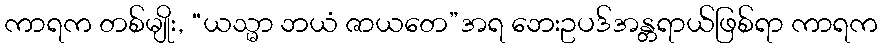
ကာရက တစ်မျိုး, “ယသ္မာ ဘယံ ဇာယတေ”အရ ဘေးဥပဒ်အန္တရာယ်ဖြစ်ရာ ကာရက